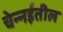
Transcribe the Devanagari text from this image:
चेन्‍नईतील